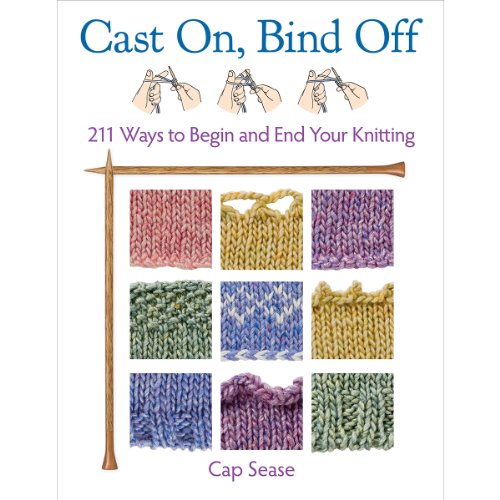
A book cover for Cast On, Bind Off: 211 Ways to Begin and End Your Knitting; Cap Sease; Crafts, Hobbies & Home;